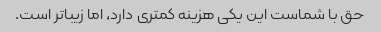
حق با شماست این یکی هزینه کمتری دارد، اما زیباتر است.